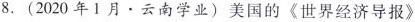
8.(2020年1月\cdot 云南学业)美国的《世界经济导报》